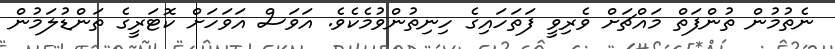
ނެތުމުން ތުންފަތް މައްޗަށް ވެރިވީ ފަތަހައިގެ ހިނިތުންވުމެކެވެ. އަވަސް އަވަހަށް ކޮޓަރީގެ ތަންޑުލަމުން